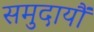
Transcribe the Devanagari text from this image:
समुदायौं